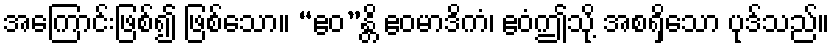
အကြောင်းဖြစ်၍ ဖြစ်သော။ “ဧဝ”န္တိ ဧဝမာဒိကံ၊ ဧဝံဤသို့ အစရှိသော ပုဒ်သည်။